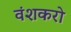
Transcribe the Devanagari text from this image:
वंशकरो